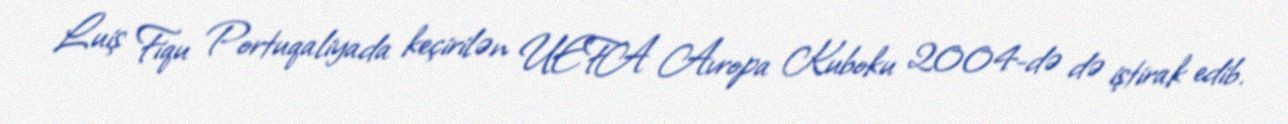
Luiş Fiqu Portuqaliyada keçirilən UEFA Avropa Kuboku 2004-də də iştirak edib.